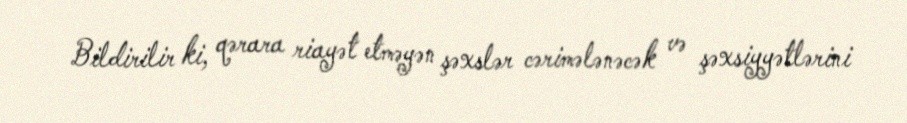
Bildirilir ki, qərara riayət etməyən şəxslər cərimələnəcək və şəxsiyyətlərini